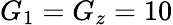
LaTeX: G_{1}=G_{z}=10